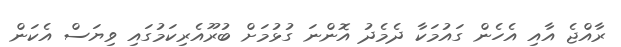
ރާއްޖެ އާއި އެހެން ގައުމަކާ ދެމެދު އޮންނަ ގުޅުމަށް ބުރޫއެރިކަމުގައި ވިޔަސް އެކަން